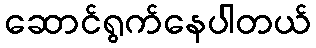
ဆောင်ရွက်နေပါတယ်